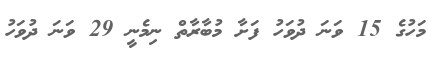
މަހުގެ 15 ވަނަ ދުވަހު ފަށާ މުބާރާތް ނިމެނީ 29 ވަނަ ދުވަހު